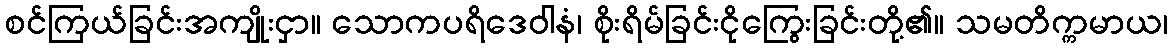
စင်ကြယ်ခြင်းအကျိုးငှာ။ သောကပရိဒေဝါနံ၊ စိုးရိမ်ခြင်းငိုကြွေးခြင်းတို့၏။ သမတိက္ကမာယ၊